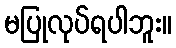
မပြုလုပ်ရပါဘူး။